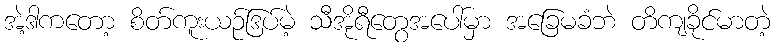
အဲ့ဒါကတော့ စိတ်ကူးယဉ်ဒြပ်မဲ့ သီအိုရီတွေအပေါ်မှာ အခြေမခံဘဲ တိကျခိုင်မာတဲ့